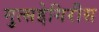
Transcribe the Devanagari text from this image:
मुत्सद्देगिरीस